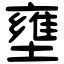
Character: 壅